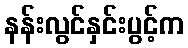
နန်းလွင်နှင်းပွင့်က